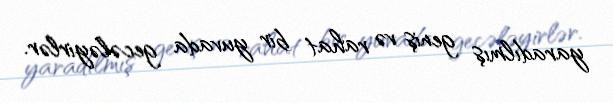
yaradılmış geniş və rahat bir yuvada gecələyirlər.